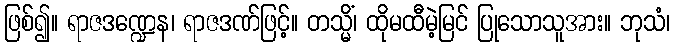
ဖြစ်၍။ ရာဇဒဏ္ဍေန၊ ရာဇဒဏ်ဖြင့်။ တသ္မိံ၊ ထိုမထီမဲ့မြင် ပြုသောသူအား။ ဘုသံ၊